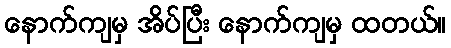
နောက်ကျမှ အိပ်ပြီး နောက်ကျမှ ထတယ်။